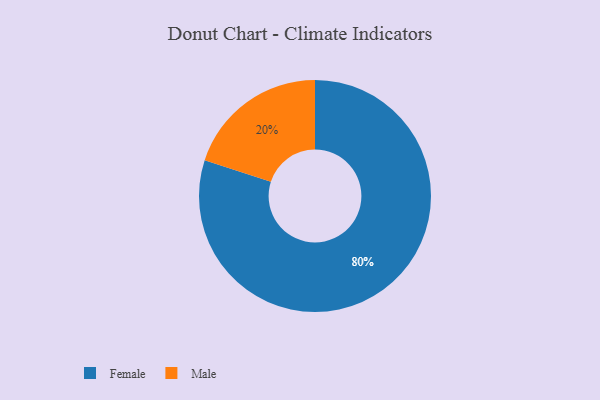
{"axis": {"x": "Category", "y": "Percentage"}, "legend": ["Female", "Male"], "data": [{"x": "Male", "y": 20, "type": "Male"}, {"x": "Female", "y": 80, "type": "Female"}]}